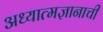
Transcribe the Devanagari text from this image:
अध्यात्मज्ञानाची